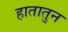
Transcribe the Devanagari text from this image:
हातातुन